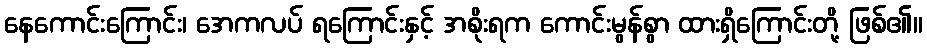
နေကောင်းကြောင်း၊ အေကလပ် ရကြောင်းနှင့် အစိုးရက ကောင်းမွန်စွာ ထားရှိကြောင်းတို့ ဖြစ်၏။